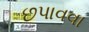
છપાવવા